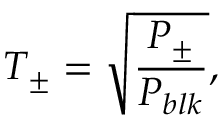
T _ { \pm } = \sqrt { \frac { P _ { \pm } } { P _ { b l k } } } ,